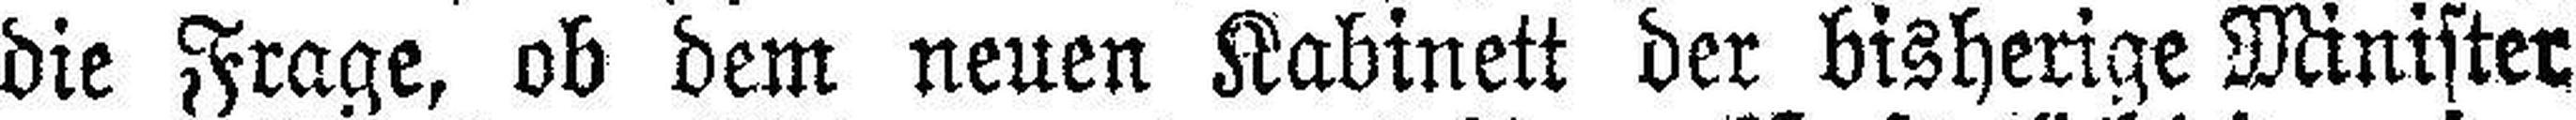
die Frage, ob dem neuen Kabinett der bisherige Minister